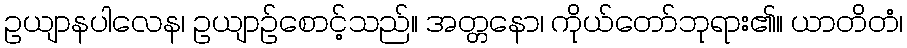
ဥယျာနပါလေန၊ ဥယျာဉ်စောင့်သည်။ အတ္တနော၊ ကိုယ်တော်ဘုရား၏။ ယာတိတံ၊